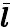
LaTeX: \bar{\boldsymbol{l}}